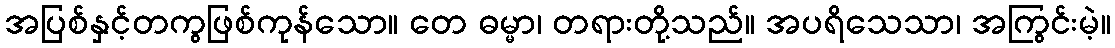
အပြစ်နှင့်တကွဖြစ်ကုန်သော။ တေ ဓမ္မာ၊ တရားတို့သည်။ အပရိသေသာ၊ အကြွင်းမဲ့။